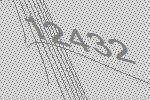
12432